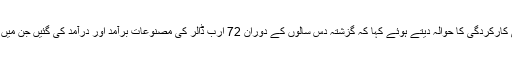
انہوں نے حالیہ سال میں معیشتی کارکردگی کا حوالہ دیتے ہوئے کہا کہ گزشتہ دس سالوں کے دوران 72 ارب ڈالر کی مصنوعات برآمد اور درآمد کی گئیں جن میں سے 36 ارب ڈالر درآمد اور 5۔